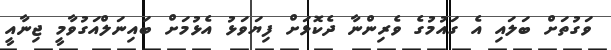
ވަގުތަށް ބަލައި އެ ގައުމުގެ ވެރިންނާ ދެކޮޅަށް ފިޔަވަޅު އެޅުމަށް ބައިނަލްއަގުވާމީ ޖިނާއީ